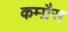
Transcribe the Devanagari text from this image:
कम्प्रैस